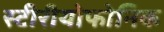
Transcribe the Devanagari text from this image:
स्टीरीयोफोनिक